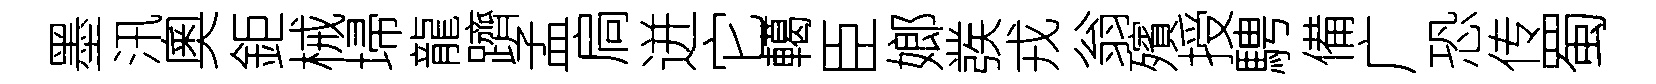
墨汛奧鉅械埽龍躋孟扃迸它轕臣嫏彂戎翁殯授騁備广恐传蜀